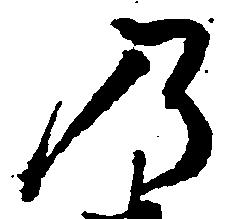
乃